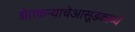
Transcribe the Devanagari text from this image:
शेतकऱ्याचेआसूडकाव्य